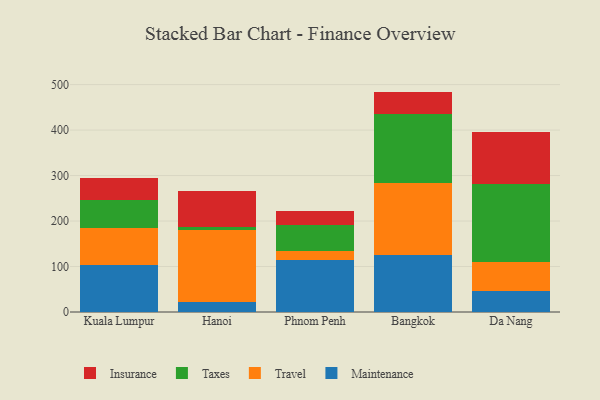
{"axis": {"x": "City", "y": "Tickets Resolved"}, "legend": ["Insurance", "Maintenance", "Taxes", "Travel"], "data": [{"x": "Kuala Lumpur", "y": 104.0, "type": "Maintenance"}, {"x": "Kuala Lumpur", "y": 80.9, "type": "Travel"}, {"x": "Kuala Lumpur", "y": 60.4, "type": "Taxes"}, {"x": "Kuala Lumpur", "y": 49.1, "type": "Insurance"}, {"x": "Hanoi", "y": 21.0, "type": "Maintenance"}, {"x": "Hanoi", "y": 159.5, "type": "Travel"}, {"x": "Hanoi", "y": 6.0, "type": "Taxes"}, {"x": "Hanoi", "y": 79.8, "type": "Insurance"}, {"x": "Phnom Penh", "y": 114.1, "type": "Maintenance"}, {"x": "Phnom Penh", "y": 21.1, "type": "Travel"}, {"x": "Phnom Penh", "y": 56.2, "type": "Taxes"}, {"x": "Phnom Penh", "y": 30.6, "type": "Insurance"}, {"x": "Bangkok", "y": 125.0, "type": "Maintenance"}, {"x": "Bangkok", "y": 158.0, "type": "Travel"}, {"x": "Bangkok", "y": 152.6, "type": "Taxes"}, {"x": "Bangkok", "y": 49.0, "type": "Insurance"}, {"x": "Da Nang", "y": 46.5, "type": "Maintenance"}, {"x": "Da Nang", "y": 64.0, "type": "Travel"}, {"x": "Da Nang", "y": 170.2, "type": "Taxes"}, {"x": "Da Nang", "y": 114.4, "type": "Insurance"}]}